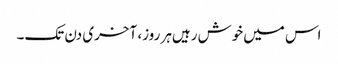
اس میں‌خوش رہیں‌ہر روز، آخری دن تک۔